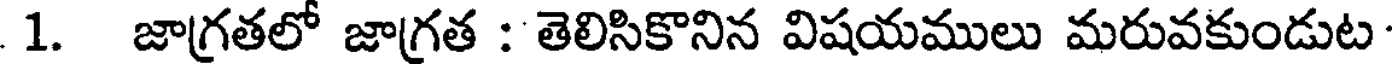
1. జాగ్రతలో జాగ్రత : తెలిసికొనిన విషయములు మరువకుండుట